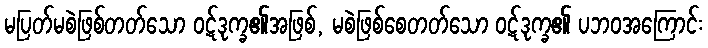
မပြတ်မစဲဖြစ်တတ်သော ဝဋ်ဒုက္ခ၏အဖြစ်, မစဲဖြစ်စေတတ်သော ဝဋ်ဒုက္ခ၏ ပဘဝအကြောင်း